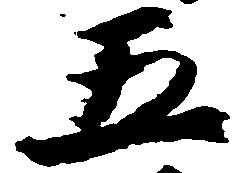
五